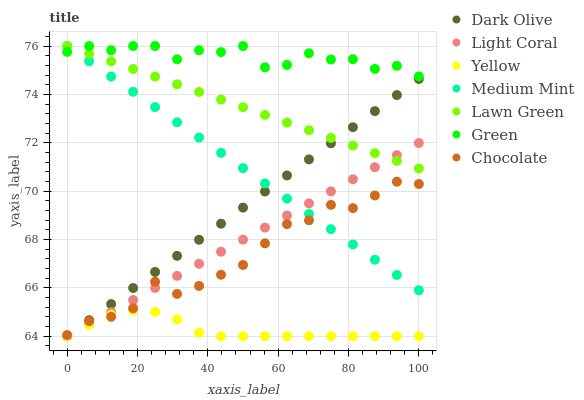
| xaxis_label | Dark Olive | Light Coral | Yellow | Medium Mint | Lawn Green | Green | Chocolate |
 | --- | --- | --- | --- | --- | --- | --- | --- |
 | 0 | 64 | 64 | 64 | 76 | 76 | 75.8 | 64.1 |
 | 6.25 | 64.7 | 64.5 | 64.5 | 75.4 | 75.7 | 76 | 64.6 |
 | 12.5 | 65.3 | 65 | 64.9 | 74.7 | 75.4 | 75.8 | 64.8 |
 | 18.8 | 66 | 65.5 | 65.1 | 74.1 | 75.1 | 76 | 65.2 |
 | 25 | 66.7 | 66 | 65 | 73.5 | 74.7 | 76 | 66.3 |
 | 31.2 | 67.3 | 66.5 | 64.7 | 72.8 | 74.4 | 75.5 | 65.8 |
 | 37.5 | 68 | 67 | 64.1 | 72.2 | 74.1 | 75.8 | 66.1 |
 | 43.8 | 68.7 | 67.5 | 64 | 71.6 | 73.8 | 75.7 | 66.5 |
 | 50 | 69.3 | 68 | 64 | 71 | 73.5 | 76 | 66.9 |
 | 56.2 | 70 | 68.5 | 64 | 70.3 | 73.2 | 75.1 | 67.8 |
 | 62.5 | 70.6 | 69 | 64 | 69.7 | 72.8 | 75.2 | 68.6 |
 | 68.8 | 71.3 | 69.5 | 64 | 69.1 | 72.5 | 75.7 | 68.8 |
 | 75 | 72 | 70 | 64 | 68.4 | 72.2 | 75.4 | 69.4 |
 | 81.2 | 72.6 | 70.5 | 64 | 67.8 | 71.9 | 75.5 | 69.3 |
 | 87.5 | 73.3 | 71 | 64 | 67.2 | 71.6 | 75.1 | 69.8 |
 | 93.8 | 74 | 71.5 | 64 | 66.5 | 71.3 | 75.2 | 70.4 |
 | 100 | 74.6 | 72 | 64 | 65.9 | 70.9 | 74.7 | 70.3 |